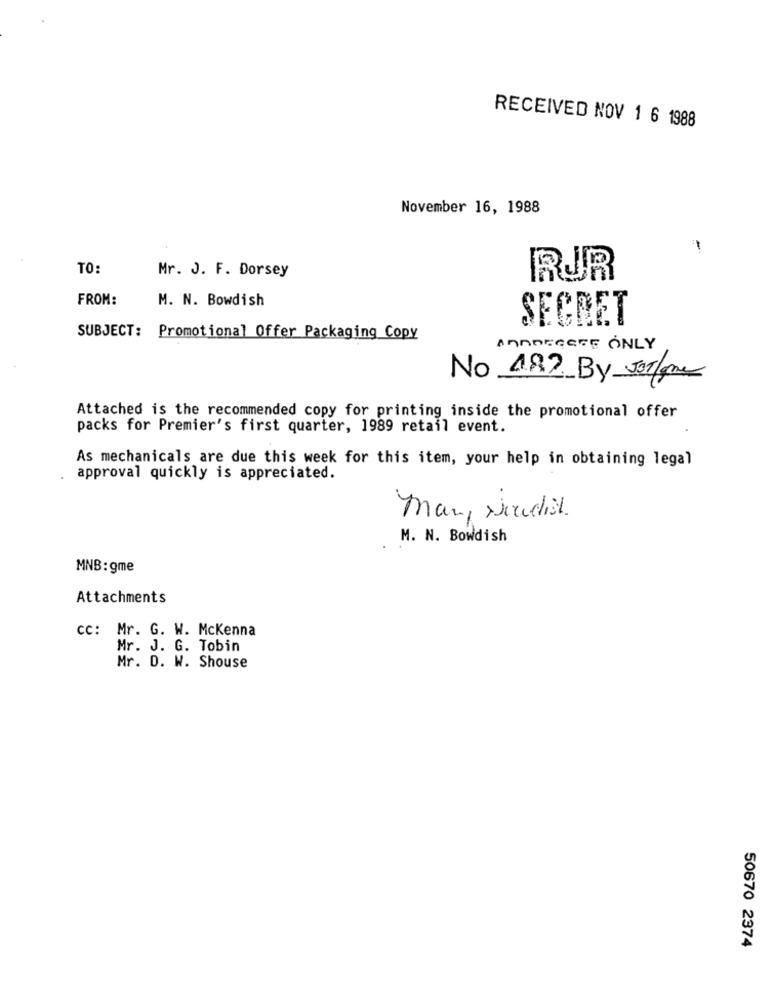
RECEIVED NOV 1 6 1988
November 16, 1988
-
TO:
Mr. J. F. Dorsey
RUR
FROM:
M. N. Bowdish
SECRET
SUBJECT: Promotional Offer Packaging Copy
ANADEGECE ONLY
No 182 By Jorlane
Attached is the recommended copy for printing inside the promotional offer
packs for Premier's first quarter, 1989 retail event.
As mechanicals are due this week for this item, your help in obtaining legal
approval quickly is appreciated.
Man, studio.
M. N. Bowdish
MNB:gme
Attachments
cc: Mr. G. W. Mckenna
Mr. J. G. Tobin
Mr. D. W. Shouse
50670 2374